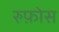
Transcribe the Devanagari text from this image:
रुफ़ोस